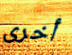
أخرى